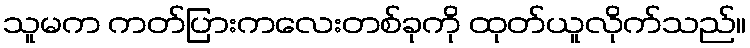
သူမက ကတ်ပြားကလေးတစ်ခုကို ထုတ်ယူလိုက်သည်။